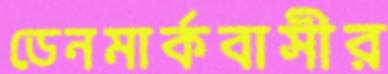
ডেনমার্কবাসীর